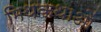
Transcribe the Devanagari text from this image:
मिथकथाओं